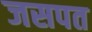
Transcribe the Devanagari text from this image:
जसपत